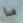
ما